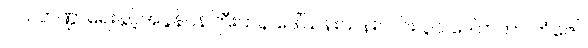
၁၁။ ဘဏ္ဍာရေးနှင့်အခွန်ဝန်ကြီးဌာန ဒေါ်သန်းသန်းလင်း ၃၁ ဒေါက်တာ ကံဇော်